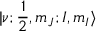
| \nu ; \frac { 1 } { 2 } , m _ { J } ; I , m _ { I } \rangle